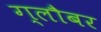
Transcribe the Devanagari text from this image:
ग्लौबर